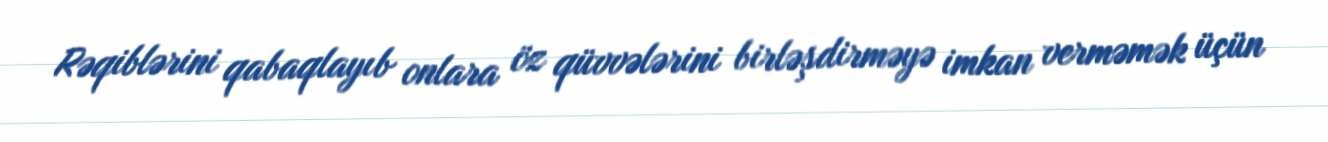
Rəqiblərini qabaqlayıb onlara öz qüvvələrini birləşdirməyə imkan verməmək üçün